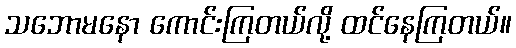
သဘောမနော ကောင်းကြတယ်လို့ ထင်နေကြတယ်။